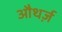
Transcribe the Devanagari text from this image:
औथर्ज़